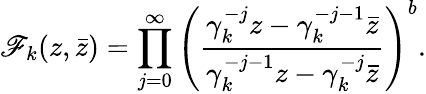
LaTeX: \mathscr{F}_{k}(z,\bar{{z}})=\prod_{j=0}^{\infty}\left({\frac{{\gamma_{k}^{-j}z-\gamma_{k}^{-j-1}\bar{{z}}}}{{\gamma_{k}^{-j-1}z-\gamma_{k}^{-j}\bar{{z}}}}}\right)^{b}.